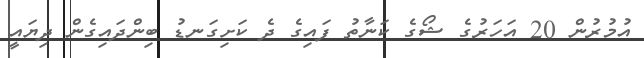
އުމުރުން 20 އަހަރުގެ ޝޯގެ ކަނާތު ފައިގެ ދެ ކަށިގަނޑު ބިންދައިގެން ދިޔައީ